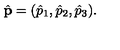
\hat { \bf p } = ( \hat { p } _ { 1 } , \hat { p } _ { 2 } , \hat { p } _ { 3 } ) .